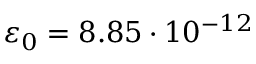
\varepsilon _ { 0 } = 8 . 8 5 \cdot 1 0 ^ { - 1 2 }